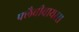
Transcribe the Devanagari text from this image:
फ्लैवीवायरस